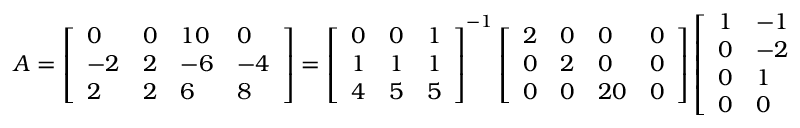
\begin{array} { r } { A = \left[ \begin{array} { l l l l } { 0 } & { 0 } & { 1 0 } & { 0 } \\ { - 2 } & { 2 } & { - 6 } & { - 4 } \\ { 2 } & { 2 } & { 6 } & { 8 } \end{array} \right] = \left[ \begin{array} { l l l } { 0 } & { 0 } & { 1 } \\ { 1 } & { 1 } & { 1 } \\ { 4 } & { 5 } & { 5 } \end{array} \right] ^ { - 1 } \left[ \begin{array} { l l l l } { 2 } & { 0 } & { 0 } & { 0 } \\ { 0 } & { 2 } & { 0 } & { 0 } \\ { 0 } & { 0 } & { 2 0 } & { 0 } \end{array} \right] \left[ \begin{array} { l l l l } { 1 } & { - 1 } & { 1 } & { - 3 } \\ { 0 } & { - 2 } & { 5 } & { - 1 } \\ { 0 } & { 1 } & { - 2 } & { 0 } \\ { 0 } & { 0 } & { 0 } & { 1 } \end{array} \right] ^ { - 1 } = U ^ { - 1 } D V ^ { - 1 } . } \end{array}